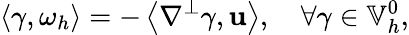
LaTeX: \left\langle\gamma,\omega_{h}\right\rangle=-\left\langle\nabla^{\perp}\gamma,\mathbf{u}\right\rangle,\quad\forall\gamma\in\mathbb{{V}}_{h}^{0},